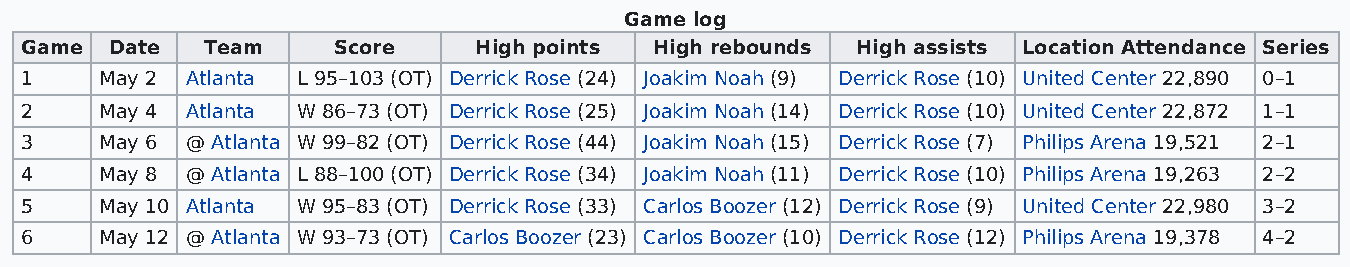
Game log
 Game  Date  Team     Score    High points High rebounds High assists Location Attendance Series
 1     May 2 Atlanta L 95–103 (OT) Derrick Rose (24) Joakim Noah (9) Derrick Rose (10) United Center 22,890 0–1
 2     May 4 Atlanta W 86–73 (OT) Derrick Rose (25) Joakim Noah (14) Derrick Rose (10) United Center 22,872 1–1
 3     May 6 @ Atlanta W 99–82 (OT) Derrick Rose (44) Joakim Noah (15) Derrick Rose (7) Philips Arena 19,521 2–1
 4     May 8 @ Atlanta L 88–100 (OT) Derrick Rose (34) Joakim Noah (11) Derrick Rose (10) Philips Arena 19,263 2–2
 5     May 10 Atlanta W 95–83 (OT) Derrick Rose (33) Carlos Boozer (12) Derrick Rose (9) United Center 22,980 3–2
 6     May 12 @ Atlanta W 93–73 (OT) Carlos Boozer (23) Carlos Boozer (10) Derrick Rose (12) Philips Arena 19,378 4–2